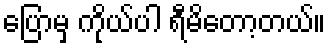
ပြောမှ ကိုယ်ပါ ရီမိတော့တယ်။